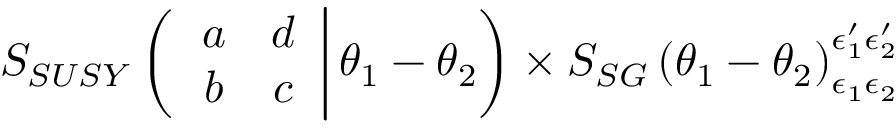
S _ { S U S Y } \left( \left. \begin{array} { c c } { { a } } & { { d } } \\ { { b } } & { { c } } \end{array} \right| \theta _ { 1 } - \theta _ { 2 } \right) \times S _ { S G } \left( \theta _ { 1 } - \theta _ { 2 } \right) _ { \epsilon _ { 1 } \epsilon _ { 2 } } ^ { \epsilon _ { 1 } ^ { \prime } \epsilon _ { 2 } ^ { \prime } }